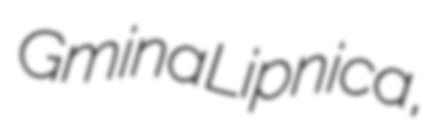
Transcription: Gmina Lipnica,